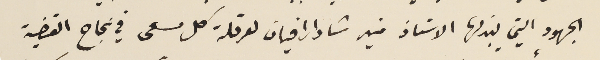
الجهود التي يبذلها الاستاذ منير شادارافيان لعرقلة كل مسعى في نجاح القضية